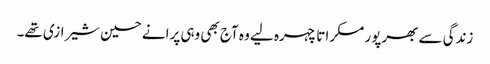
زندگی سے بھرپور مسکراتا چہرہ لیے وہ آج بھی وہی پرانے حسین شیرازی تھے۔